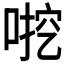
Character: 𫪶